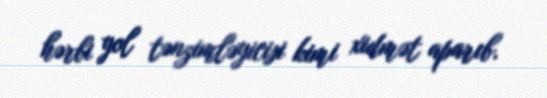
hərbi yol tənzimləyicisi kimi xidmət aparıb.